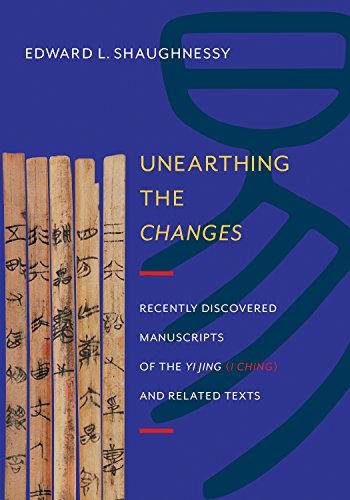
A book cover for Unearthing the Changes: Recently Discovered Manuscripts of the Yi Jing (I Ching) and Related Texts  (Translations from the Asian Classics); Edward L. Shaughnessy; Religion & Spirituality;